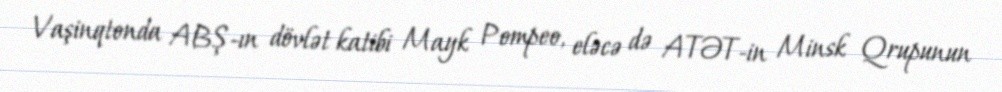
Vaşinqtonda ABŞ-ın dövlət katibi Mayk Pompeo, eləcə də ATƏT-in Minsk Qrupunun